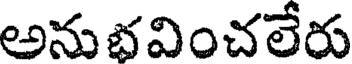
అనుభవించలేరు